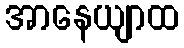
အာနေယျာထ